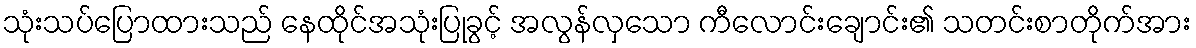
သုံးသပ်ပြောထားသည် နေထိုင်အသုံးပြုခွင့် အလွန်လှသော ကီလောင်းချောင်း၏ သတင်းစာတိုက်အား